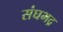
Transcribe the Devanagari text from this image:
संघभद्र